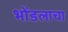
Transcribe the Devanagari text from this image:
भोंडलाचा